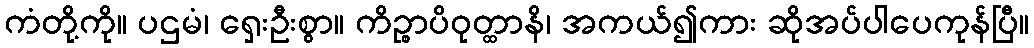
ကံတို့ကို။ ပဌမံ၊ ရှေးဦးစွာ။ ကိဉ္စာပိဝုတ္ထာနိ၊ အကယ်၍ကား ဆိုအပ်ပါပေကုန်ပြီ။